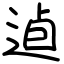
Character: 逌